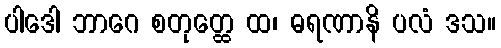
ပါဒေါ ဘာဂေ စတုတ္ထေ ထ၊ ဓရဏာနိ ပလံ ဒသ။